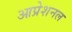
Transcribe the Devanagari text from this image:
आप्रेशनल